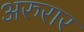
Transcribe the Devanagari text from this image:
अरुरार